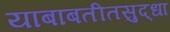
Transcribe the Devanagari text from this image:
याबाबतीतसुद्‌धा